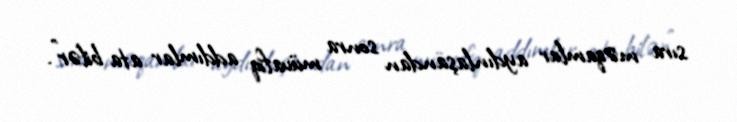
sıra məqamlar aydınlaşandan sonra müvafiq addımlar ata bilər”.